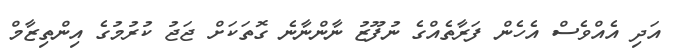
އަދި އެއްވެސް އެހެން ފަރާތެއްގެ ނުފޫޒު ނާންނާނެ ގޮތަކަށް ޖަޖު ކުރުމުގެ އިންތިޒާމް